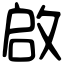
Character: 啟